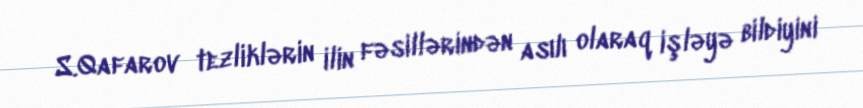
S.Qafarov tezliklərin ilin fəsillərindən asılı olaraq işləyə bildiyini